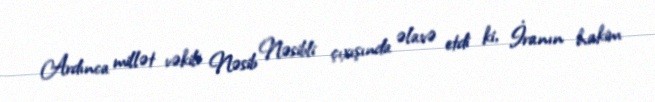
Ardınca millət vəkili Nəsib Nəsibli çıxışında əlavə etdi ki, İranın hakim